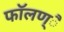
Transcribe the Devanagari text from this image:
फाॅलण्ै